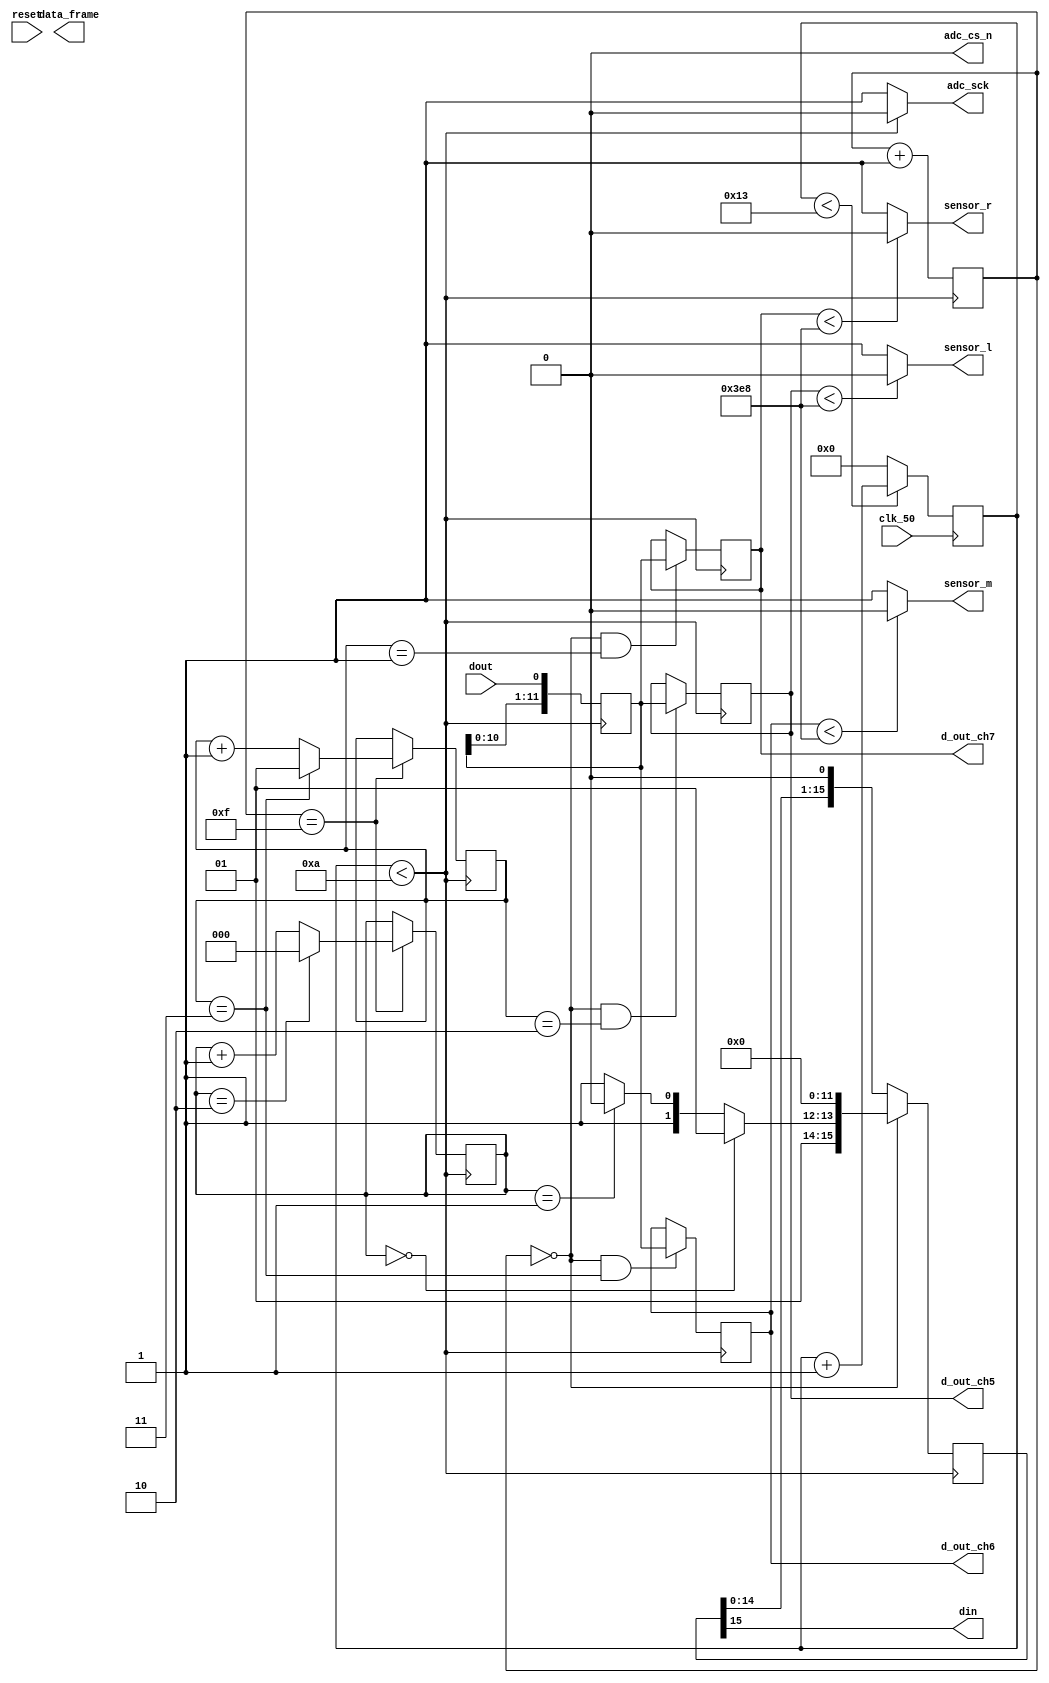
// SB : Task 2 A : ADC
/*
Instructions
-------------------
Students are not allowed to make any changes in the Module declaration.
This file is used to design ADC Controller.

Recommended Quartus Version : 19.1
The submitted project file must be 19.1 compatible as the evaluation will be done on Quartus Prime Lite 19.1.

Warning: The error due to compatibility will not be entertained.
-------------------
*/

//ADC Controller design
//Inputs  : .clk_50(clk_50)_50 : 50 MHz clock, dout : digital output from ADC128S022 (serial 12-bit)
//Output  : adc_cs_n : Chip Select, din : Ch. address input to ADC128S022, adc_sck : 2.5 MHz ADC clock,
//				d_out_ch5, d_out_ch6, d_out_ch7 : 12-bit output of ch. 5,6 & 7,
//				data_frame : To represent 16-cycle frame (optional)

//////////////////DO NOT MAKE ANY CHANGES IN MODULE//////////////////
module SB3320_adc_control(
	input reset,
	input  clk_50,				//50 MHz clock
	input  dout,				//digital output from ADC128S022 (serial 12-bit)
	output adc_cs_n,			//ADC128S022 Chip Select
	output din,					//Ch. address input to ADC128S022 (serial)
	output adc_sck,			//2.5 MHz ADC clock
	output [11:0]d_out_ch5,	//12-bit output of ch. 5 (parallel)
	output [11:0]d_out_ch6,	//12-bit output of ch. 6 (parallel)
	output [11:0]d_out_ch7,	//12-bit output of ch. 7 (parallel)
	output [1:0]data_frame,	//To represent 16-cycle frame (optional)
	output sensor_l,
	output sensor_m,
	output sensor_r
);
	
////////////////////////WRITE YOUR CODE FROM HERE////////////////////
parameter s0=3'd0, s1=3'd1,s2=3'd2, s3=3'd3, s4=3'd4, s5=3'd5;
reg[3:0] count = 0;
reg [2:0] present_state = s0;
reg [2:0] next_state;
reg [4:0] clk_div;
reg [1:0]accept_discard = 0;
reg [15:0]d_out_chx=16'd0;
reg [15:0]din_reg;
reg [2:0] channel_sel=0;
wire [2:0] channel_val;
reg [11:0] d_out_ch7_reg=12'd0;
reg [11:0] d_out_ch6_reg=12'd0;
reg [11:0] d_out_ch5_reg=12'd0;
reg [10:0]threshold = 11'd1000;

// Clock Generation
always@(negedge clk_50)
      begin
		  if(clk_div < 5'd19)
			clk_div = clk_div +5'd1;
		  else
			clk_div = 5'd0;
		end
assign din = din_reg[15];		
assign adc_sck = clk_div < 5'd10 ? 1'b0:1'b1;
assign adc_cs_n = 0;

always @( posedge adc_sck)
begin
	if (count == 4'd15)
		if (accept_discard == 2'd3)
			accept_discard <= 2'd1;
		else
			accept_discard <= accept_discard + 2'd1;
	else
		accept_discard <= accept_discard;
end

always @( posedge adc_sck)
begin
	if (count == 4'd15)
		if (channel_sel == 2'd2)
			channel_sel <= 2'd0;
		else
			channel_sel <= channel_sel + 2'd1;
	else
		channel_sel <= channel_sel;
end

assign channel_val = (channel_sel == 2'd0)? 3'd5:
							(channel_sel == 2'd1)? 3'd6: 3'd7;
always @(negedge adc_sck)
begin
	if(count == 4'd0)
			din_reg <={1'd0,channel_val,12'd0};
	else
		din_reg <= {din_reg[14:0],1'd0};
end

		
// tracking_state
always @(negedge adc_sck)
begin
		count <= count + 4'd1;
end

always @(negedge adc_sck)
	begin
		d_out_chx <= {d_out_chx[14:0],dout};
	end
	
	
assign d_out_ch5 = d_out_ch5_reg;
assign d_out_ch6 = d_out_ch6_reg;
assign d_out_ch7 = d_out_ch7_reg;

always @(posedge adc_sck)
begin
	if (count == 4'd0 && accept_discard == 2'd2)
		d_out_ch5_reg <= d_out_chx[11:0];
	else
		d_out_ch5_reg <= d_out_ch5_reg;
end

always @(posedge adc_sck)
begin
	if (count == 4'd0 && accept_discard == 2'd3)
		d_out_ch6_reg <= d_out_chx[11:0];
	else
		d_out_ch6_reg <= d_out_ch6_reg;
end


always @(posedge adc_sck)
begin
	if (count == 4'd0 && accept_discard == 2'd1)
		d_out_ch7_reg <= d_out_chx[11:0];
	else
		d_out_ch7_reg <= d_out_ch7_reg;
end

assign sensor_l = (d_out_ch5<threshold)?1'b0:1'b1;
assign sensor_m = (d_out_ch6<threshold)?1'b0:1'b1;
assign sensor_r = (d_out_ch7<threshold)?1'b0:1'b1;


////////////////////////YOUR CODE ENDS HERE//////////////////////////
endmodule
///////////////////////////////MODULE ENDS///////////////////////////